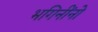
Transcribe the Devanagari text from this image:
भगिनींनो